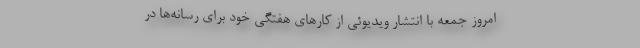
امروز جمعه با انتشار ویدیوئی از کارهای هفتگی خود برای رسانه‌ها در